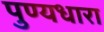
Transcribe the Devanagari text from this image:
पुण्यधारा